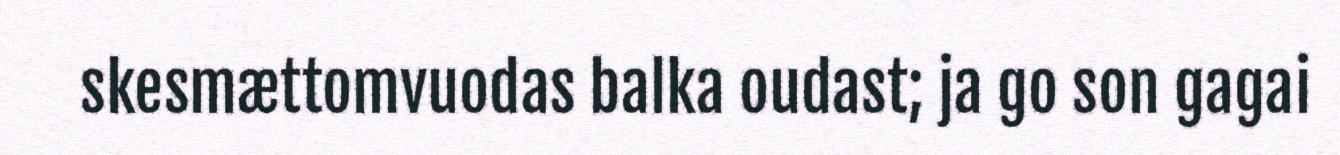
skesmættomvuodas balka oudast; ja go son gagai